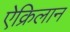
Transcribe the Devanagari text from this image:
ऐक्रिलान